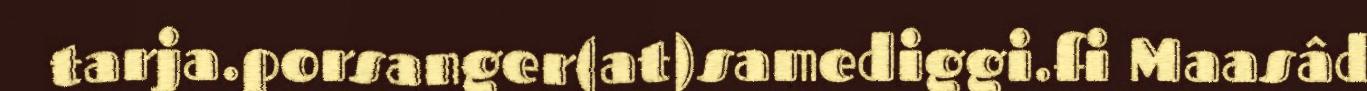
tarja.porsanger(at)samediggi.fi Maasâd